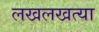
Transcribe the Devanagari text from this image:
लखलखत्या